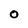
Character: O